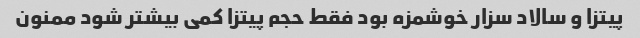
پیتزا و سالاد سزار خوشمزه بود فقط حجم پیتزا کمی بیشتر شود ممنون